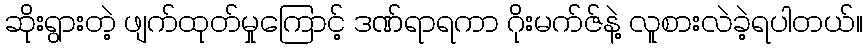
ဆိုးရွားတဲ့ ဖျက်ထုတ်မှုကြောင့် ဒဏ်ရာရကာ ဂိုးမက်ဇ်နဲ့ လူစားလဲခဲ့ရပါတယ်။